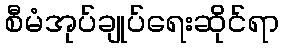
စီမံအုပ်ချုပ်ရေးဆိုင်ရာ